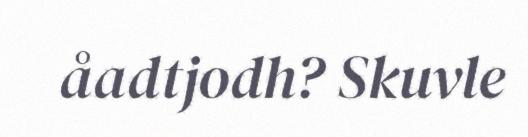
åadtjodh? Skuvle